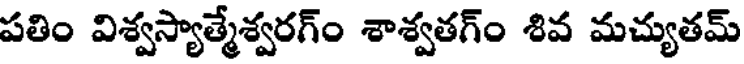
పతిం విశ్వస్యాత్మేశ్వరగ్ం శాశ్వతగ్ం శివ మచ్యుతమ్